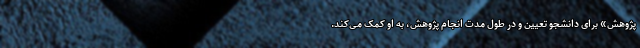
پژوهش» برای دانشجو تعیین و در طول مدت انجام پژوهش، به او کمک می‌کند.